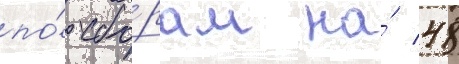
по́ сбо́рам на́ 48